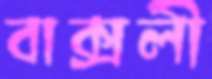
বাক্সলী